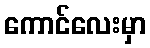
ကောင်လေးမှာ